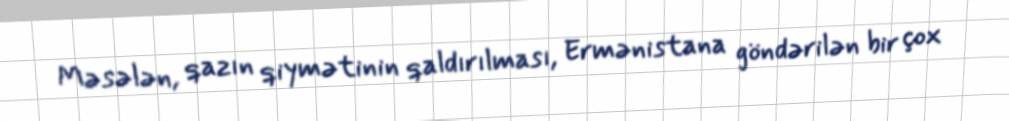
Məsələn, qazın qiymətinin qaldırılması, Ermənistana göndərilən bir çox